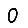
Digit: 0